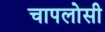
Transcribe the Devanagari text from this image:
चापलोसी